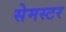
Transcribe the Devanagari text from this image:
सेमस्टर